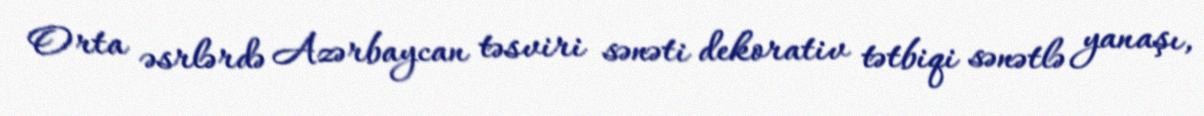
Orta əsrlərdə Azərbaycan təsviri sənəti dekorativ tətbiqi sənətlə yanaşı,